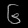
Digit: ၆